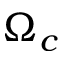
\Omega _ { c }